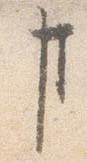
事